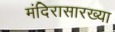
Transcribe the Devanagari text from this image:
मंदिरासारख्या